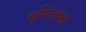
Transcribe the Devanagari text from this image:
दृष्टिबद्ध